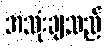
အသုံးချသည်